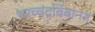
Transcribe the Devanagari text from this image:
शरच्चंद्रबिंबाननं